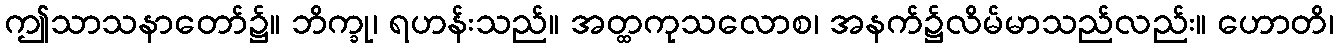
ဤသာသနာတော်၌။ ဘိက္ခု၊ ရဟန်းသည်။ အတ္ထကုသလောစ၊ အနက်၌လိမ်မာသည်လည်း။ ဟောတိ၊